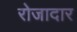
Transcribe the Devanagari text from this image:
रोजादार